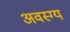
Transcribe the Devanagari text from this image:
अवस्ग्य